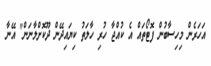
އަހަރެން މިހިސާބުން ފޮޓޯތައް އެ ކުއްޖާ ހުރި ހާލަތު ކިޔައިދޭން ދޫކޮށްލާނަން" އޭނާ